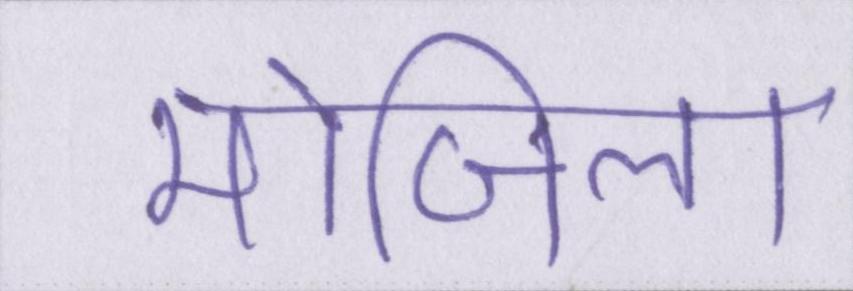
मोजिला